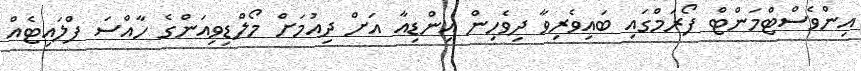
އިންވެސްޓްމަންޓް ފޯރަމްގައި ބައިވެރިވާ ދިވެހިން އިންޑިއާ އަށް ދިއުމަށް މޯލްޑިވިއަންގެ ހާއްސަ ފްލައިޓެއް